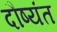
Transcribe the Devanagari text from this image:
दौष्यंत